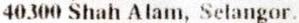
40300 SHAH ALAM, SELANGOR.